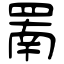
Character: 罱